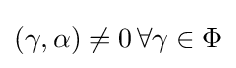
(\gamma ,\alpha )\neq 0\,\forall \gamma \in \Phi